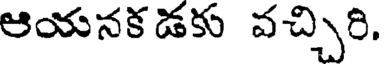
ఆయనక డకు వచ్చిరి.